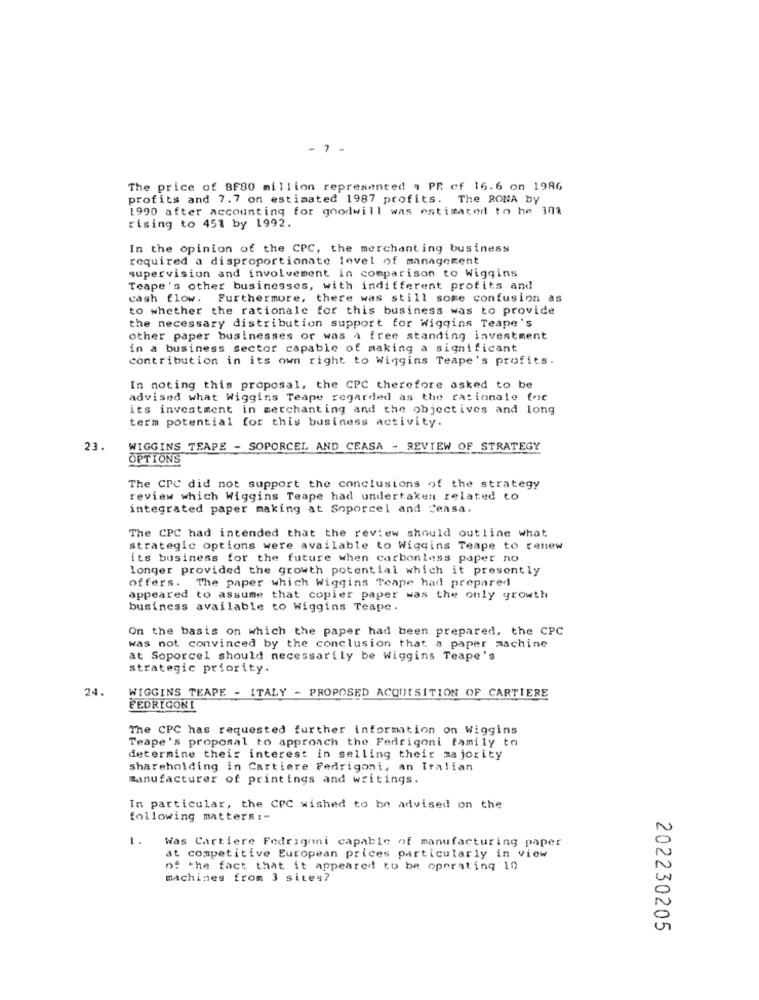
- 7 -
The price of 8F80 million represented , PE of 16.6 on 1986
profits and 7.7 on estimated 1987 profits. The RONA by
1990 after Accounting for goodwill was estimated to he 301
rising to 451 by 1992.
In the opinion of the CPC, the merchanting business
required a disproportionate level of management
supervision and involvement in comparison to Wiggins
Teape's other businesses, with indifferent profits and
cash flow. Furthermore, there was still some confusion as
to whether the rationale for this business was to provide
the necessary distribution support for Wiggins Teape's
other paper businesses or was a free standing investment
in a business sector capable of making a significant
contribution in its own right to Wiggins Teape's profits.
In noting this proposal, the CPC therefore asked to be
advised what Wiggins Teape regarded as the rationale for
its investment in merchanting and the objectives and long
term potential for this business activity.
23.
WIGGINS TEAPE - SOPORCEL AND CEASA - REVIEW OF STRATEGY
OPTIONS
The CPC did not support the conclusions of the strategy
review which Wiggins Teape had undertaken related to
integrated paper making at Soporcel and Ceasa.
The CPC had intended that the review should outline what
strategic options were available to Wiggins Teape to renew
its business for the future when carbonless paper no
longer provided the growth potential which it presently
offers. The paper which Wiggins Teape had prepared
appeared to assume that copier paper was the only growth
business available to Wiggins Teape.
On the basis on which the paper had been prepared, the CPC
was not convinced by the conclusion that a paper machine
at Soporcel should necessarily be Wiggins Teape's
strategic priority.
24.
WIGGINS TEAPE - ITALY - PROPOSED ACQUISITION OF CARTIERE
FEDRIGONI
The CPC has requested further information on Wiggins
Teape's proposal to approach the Fedrigoni family to
determine their interest in selling their majority
shareholding in Cartiere Fedrigoni, an Italian
manufacturer of printings and writings.
In particular, the CPC wished to be advised on the
following matters :-
1.
Was Cartiere Fedrigoni capable of manufacturing paper
at competitive European prices particularly in view
of the fact that it appeared to be operating 10
machines from 3 sites?
202230205